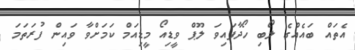
އެތައް ބައެއްގެ ލޯބި ހޯދާފައިވަ ލޫޕް ވީޑިއޯ މީޑިއަމް ކަމަށްވާ ވައިން ފުރަތަމަ